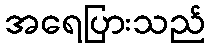
အရေပြားသည်